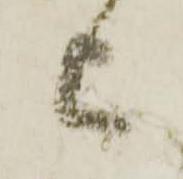
上